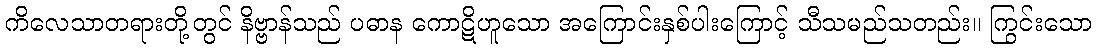
ကိလေသာတရားတို့တွင် နိဗ္ဗာန်သည် ပဓာန ကောဋိဟူသော အကြောင်းနှစ်ပါးကြောင့် သီသမည်သတည်း။ ကြွင်းသော